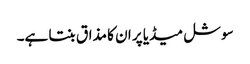
سوشل میڈیا پر ان کا مذاق بنتا ہے۔